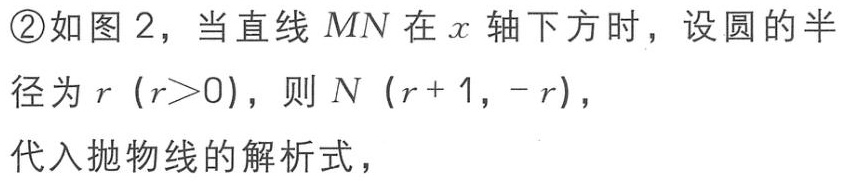
\textcircled{2}如图 2，当直线 \(MN\) 在 \(x\) 轴下方时，设圆的半
径为 \(r\)（\(r > 0\)），则 \(N\)（\(r + 1,-r\)），
代入抛物线的解析式，